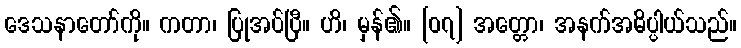
ဒေသနာတော်ကို။ ကတာ၊ ပြုအပ်ပြီ။ ဟိ၊ မှန်၏။ [၀၇] အတ္တော၊ အနက်အဓိပ္ပါယ်သည်။